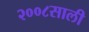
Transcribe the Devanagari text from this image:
२००८साली